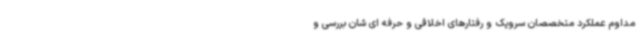
مداوم عملکرد متخصصان سرویک و رفتارهای اخلاقی و حرفه ای شان بررسی و